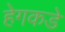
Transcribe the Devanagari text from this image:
हेगकडे